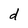
Character: d